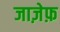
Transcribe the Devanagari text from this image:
जाज़ेफ़